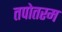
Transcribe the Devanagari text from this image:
तपोतरम